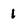
Character: 1